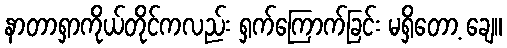
နာတာရှာကိုယ်တိုင်ကလည်း ရှက်ကြောက်ခြင်း မရှိတော့ ချေ။